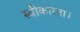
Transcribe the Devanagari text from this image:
स्वीकारता।